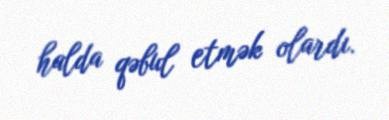
halda qəbul etmək olardı.